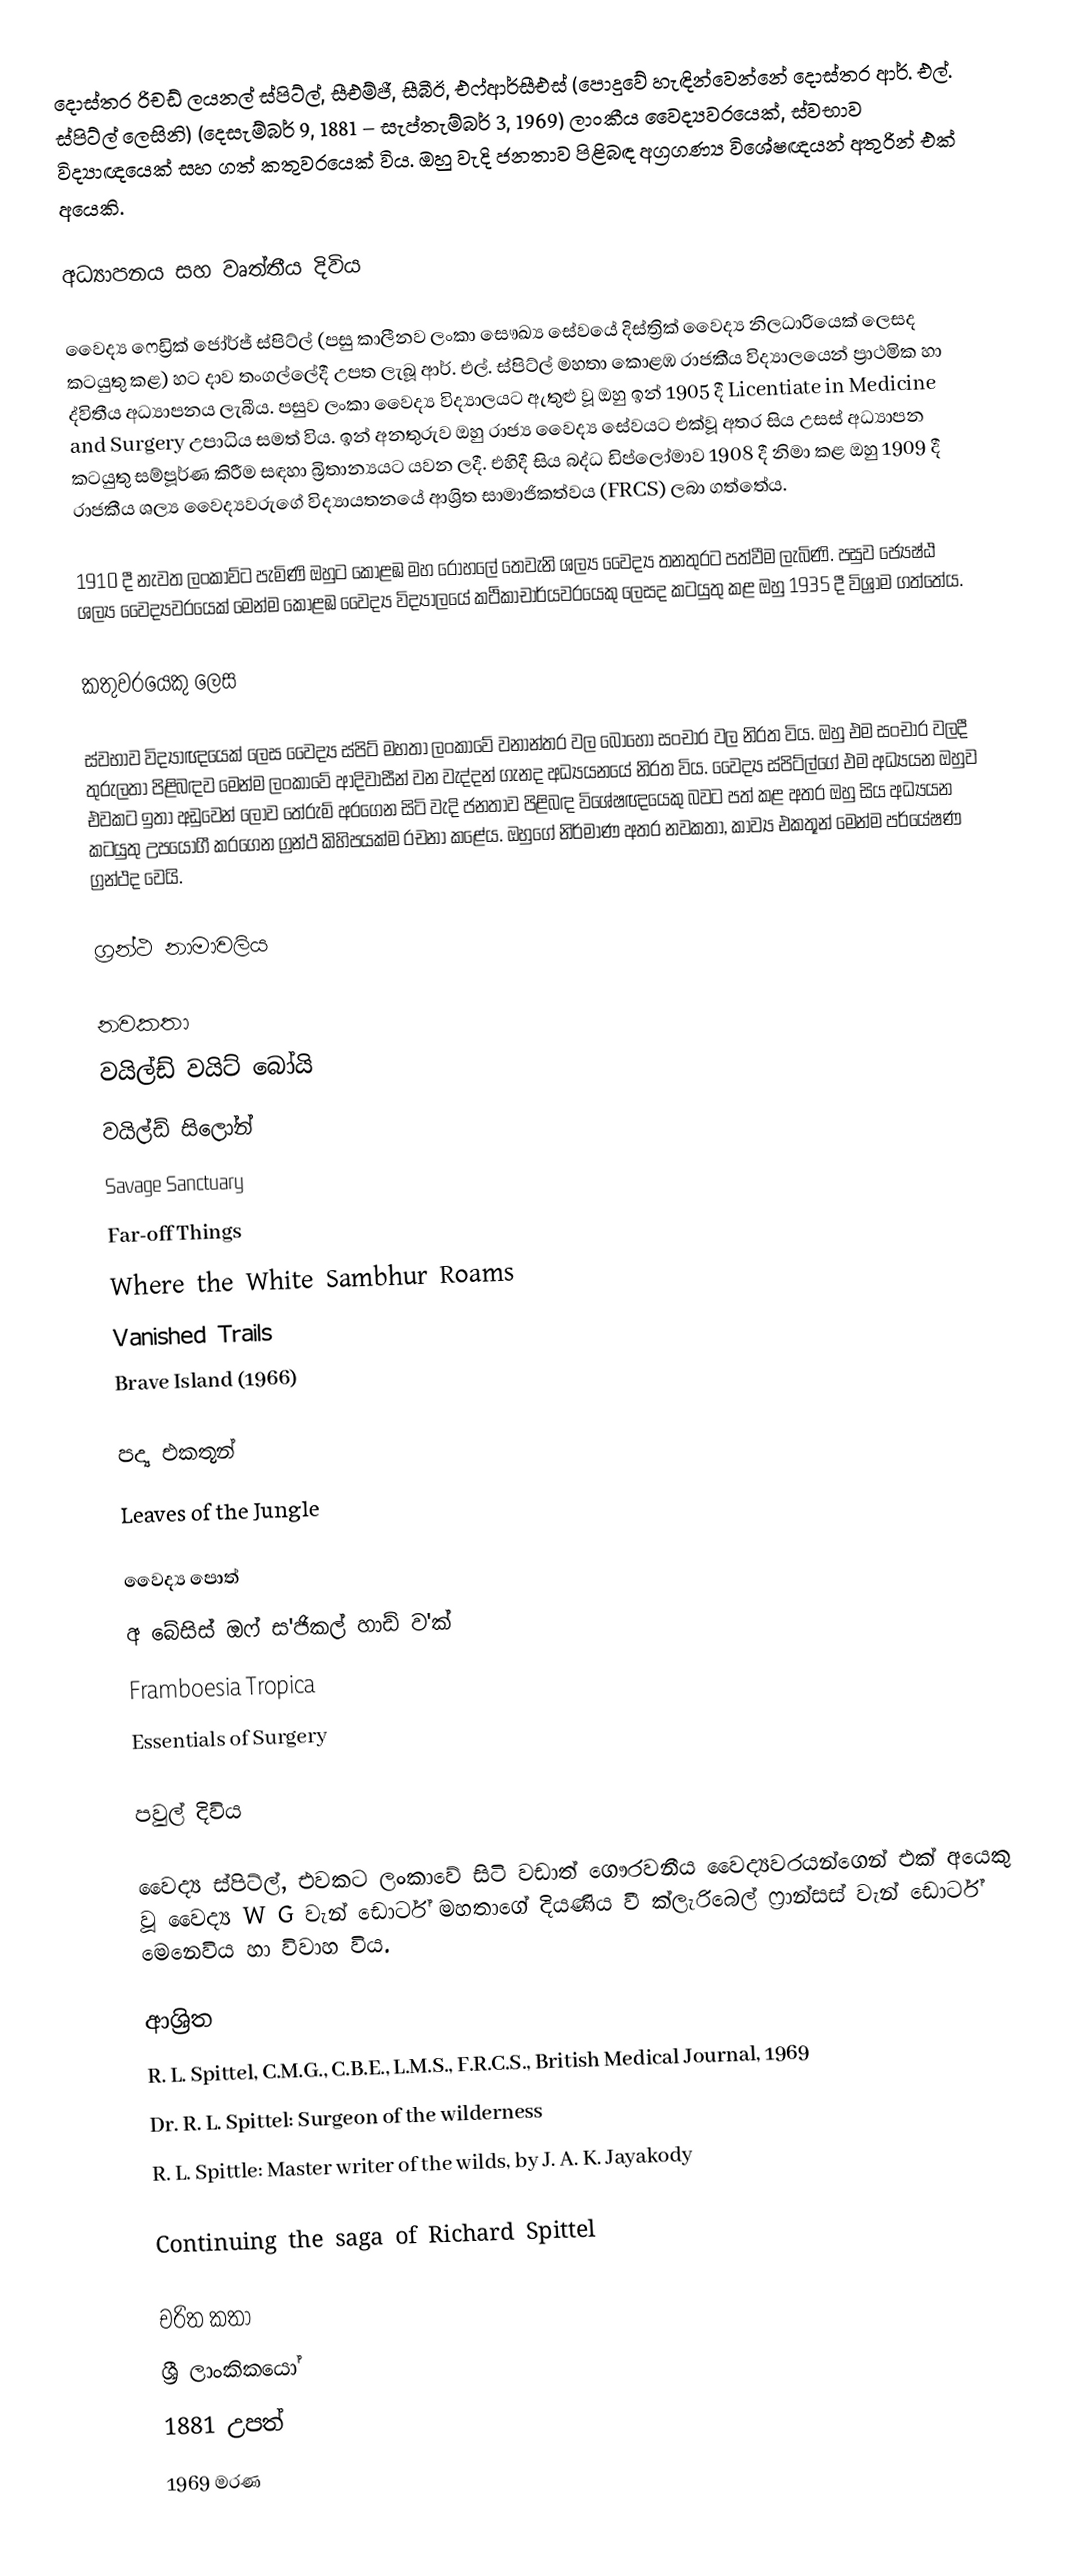
දොස්තර රිචඩ් ලයනල් ස්පිට්ල්, සීඑම්ජී, සීබීඊ, එෆ්ආර්සීඑස් (පොදුවේ හැඳින්වෙන්නේ  දොස්තර  ආර්. එල්. ස්පිට්ල් ලෙසිනි) (දෙසැම්බර් 9, 1881 – සැප්තැම්බර් 3, 1969)  ලාංකීය  වෛද්‍යවරයෙක්, ස්වභාව විද්‍යාඥයෙක් සහ ගත් කතුවරයෙක් විය. ඔහු වැදි ජනතාව පිළිබඳ අග්‍රගණ්‍ය විශේෂඥයන් අතුරින් එක් අයෙකි.

අධ්‍යාපනය සහ වෘත්තීය දිවිය

වෛද්‍ය ෆෙඩ්‍රික් ජෝර්ජ් ස්පිට්ල් (පසු කාලීනව ලංකා සෞඛ්‍ය සේවයේ දිස්ත්‍රික් වෛද්‍ය නිලධාරියෙක් ලෙසද කටයුතු කළ) හට දාව තංගල්ලේදී උපත ලැබූ ආර්. එල්. ස්පිට්ල් මහතා කොළඹ රාජකීය විද්‍යාලයෙන් ප්‍රාථමික හා ද්විතීය අධ්‍යාපනය ලැබීය. පසුව ලංකා වෛද්‍ය විද්‍යාලයට ඇතුළු වූ ඔහු ඉන් 1905 දී Licentiate in Medicine and Surgery උපාධිය සමත් විය. ඉන් අනතුරුව ඔහු රාජ්‍ය වෛද්‍ය සේවයට එක්වූ අතර සිය උසස් අධ්‍යාපන කටයුතු සම්පූර්ණ කිරීම සඳහා බ්‍රිතාන්‍යයට යවන ලදී. එහිදී සිය බද්ධ ඩිප්ලෝමාව 1908 දී නිමා කළ ඔහු 1909 දී රාජකීය ශල්‍ය වෛද්‍යවරුගේ විද්‍යායතනයේ ආශ්‍රිත සාමාජිකත්වය (FRCS) ලබා ගත්තේය.

1910 දී නැවත ලංකාව්ට පැමිණි ඔහුට කොළඹ මහ රෝහලේ තෙවැනි ශල්‍ය වෛද්‍ය තනතුරට පත්වීම ලැබිණි. පසුව ජ්‍යේෂ්ඨ ශල්‍ය වෛද්‍යවරයෙක් මෙන්ම කොළඹ වෛද්‍ය විද්‍යාලයේ කථිකාචාර්යවරයෙකු ලෙසද කටයුතු කළ ඔහු 1935 දී විශ්‍රාම ගත්තේය.

කතුවරයෙකු ලෙස

ස්වභාව විද්‍යාඥයෙක් ලෙස වෛද්‍ය ස්පිට් මහතා ලංකාවේ වනාන්තර වල බොහෝ සංචාර වල නිරත විය. ඔහු එම සංචාර වලදී තුරුලතා පිළිබඳව මෙන්ම ලංකාවේ ආදිවාසීන් වන වැද්දන් ගැනද අධ්‍යයනයේ නිරත විය. වෛද්‍ය ස්පිට්ල්ගේ එම අධ්‍යයන ඔහුව එවකට ඉතා අඩුවෙන් ලොව තේරුම් අරගෙන සිටි වැදි ජනතාව පිළිබඳ විශේෂඥයෙකු බවට පත් කළ අතර ඔහු සිය අධ්‍යයන කටයුතු උපයෝගී කරගෙන ග්‍රන්ථ කිහිපයක්ම රචනා කළේය. ඔහුගේ නිර්මාණ අතර නවකතා, කාව්‍ය එකතූන් මෙන්ම පර්යේෂණ ග්‍රන්ථද වෙයි.

ග්‍රන්ථ නාමාවලිය

නවකතා
වයිල්ඩ් වයිට් බෝයි
 වයිල්ඩ් සිලෝන්
Savage Sanctuary
Far-off Things
Where the White Sambhur Roams
Vanished Trails
Brave Island (1966)

පද්‍ය එකතූන්
Leaves of the Jungle

වෛද්‍ය පොත්
අ බේසිස් ඔෆ් ස'ජිකල් හාඩ් ව'ක්
Framboesia Tropica
Essentials of Surgery

පවුල් දිවිය

වෛද්‍ය ස්පිට්ල්, එවකට ලංකාවේ සිටි වඩාත් ගෞරවනීය වෛද්‍යවරයන්ගෙන් එක් අයෙකු වූ වෛද්‍ය W G වැන් ඩොර්ට් මහතාගේ දියණිය වී ක්ලැරිබෙල් ෆ්‍රාන්සස් වැන් ඩොර්ට් මෙනෙවිය හා විවාහ විය.

ආශ්‍රිත
R. L. Spittel, C.M.G., C.B.E., L.M.S., F.R.C.S., British Medical Journal, 1969
Dr. R. L. Spittel: Surgeon of the wilderness
R. L. Spittle: Master writer of the wilds, by J. A. K. Jayakody

 Continuing the saga of Richard Spittel

චරිත කතා
ශ්‍රී ලාංකිකයෝ
1881 උපත්
1969 මරණ